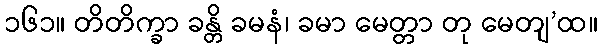
၁၆၁။ တိတိက္ခာ ခန္တိ ခမနံ၊ ခမာ မေတ္တာ တု မေတျ’ထ။